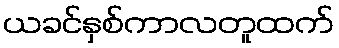
ယခင်နှစ်ကာလတူထက်